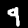
Digit: 9